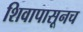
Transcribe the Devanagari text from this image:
शिवापासूनच